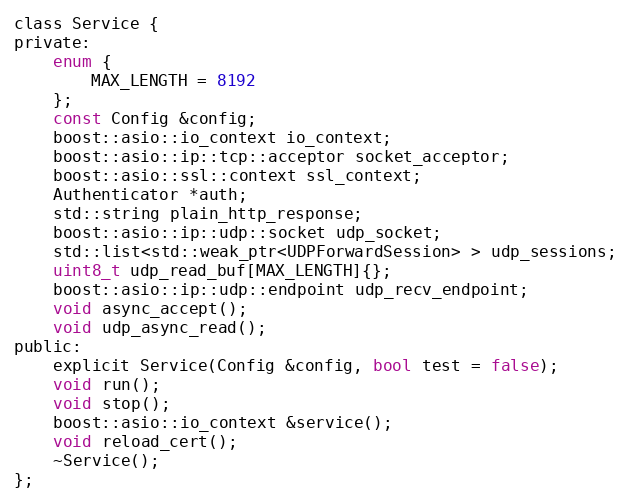
Language: C
class Service {
private:
    enum {
        MAX_LENGTH = 8192
    };
    const Config &config;
    boost::asio::io_context io_context;
    boost::asio::ip::tcp::acceptor socket_acceptor;
    boost::asio::ssl::context ssl_context;
    Authenticator *auth;
    std::string plain_http_response;
    boost::asio::ip::udp::socket udp_socket;
    std::list<std::weak_ptr<UDPForwardSession> > udp_sessions;
    uint8_t udp_read_buf[MAX_LENGTH]{};
    boost::asio::ip::udp::endpoint udp_recv_endpoint;
    void async_accept();
    void udp_async_read();
public:
    explicit Service(Config &config, bool test = false);
    void run();
    void stop();
    boost::asio::io_context &service();
    void reload_cert();
    ~Service();
};